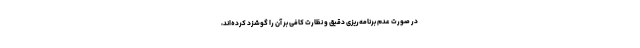
در صورت عدم برنامه‌ریزی دقیق و نظارت کافی بر آن را گوشزد کرد‌ه‌اند،‌